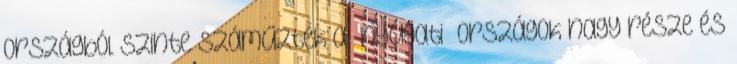
országból szinte száműzték a »nyugati« országok nagy része és